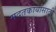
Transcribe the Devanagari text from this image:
मदतकार्यासाठी